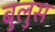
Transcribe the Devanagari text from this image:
बुलुस